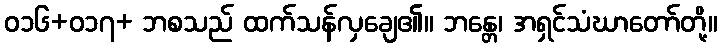
ဝ၁၆+ဝ၁၇+ ဘစသည် ထက်သန်လှချေ၏။ ဘန္တေ၊ အရှင်သံဃာတော်တို့။